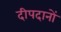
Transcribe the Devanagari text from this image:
दीपदानों